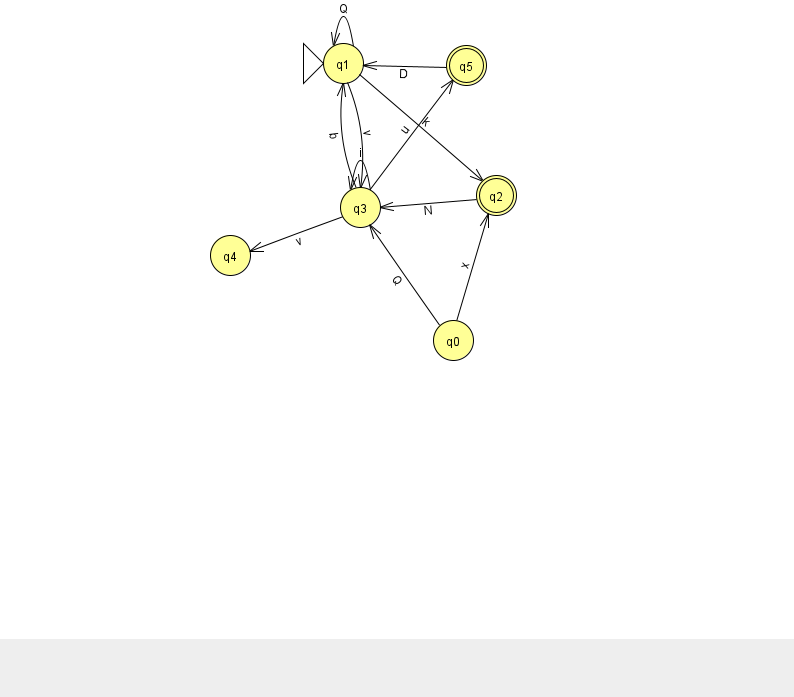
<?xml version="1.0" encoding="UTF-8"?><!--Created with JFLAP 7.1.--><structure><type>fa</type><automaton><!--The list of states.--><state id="0" name="q0"><x>453.0</x><y>327.0</y></state><state id="1" name="q1"><x>343.0</x><y>50.0</y><initial/></state><state id="2" name="q2"><x>496.0</x><y>182.0</y><final/></state><state id="3" name="q3"><x>360.0</x><y>194.0</y></state><state id="4" name="q4"><x>230.0</x><y>242.0</y></state><state id="5" name="q5"><x>466.0</x><y>52.0</y><final/></state><!--The list of transitions.--><transition><from>3</from><to>1</to><read>b</read></transition><transition><from>1</from><to>1</to><read>Q</read></transition><transition><from>2</from><to>3</to><read>N</read></transition><transition><from>1</from><to>3</to><read>v</read></transition><transition><from>3</from><to>4</to><read>v</read></transition><transition><from>1</from><to>2</to><read>k</read></transition><transition><from>0</from><to>3</to><read>Q</read></transition><transition><from>3</from><to>3</to><read>i</read></transition><transition><from>5</from><to>1</to><read>D</read></transition><transition><from>0</from><to>2</to><read>x</read></transition><transition><from>3</from><to>5</to><read>u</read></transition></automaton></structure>